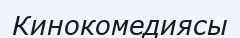
Кинокомедиясы